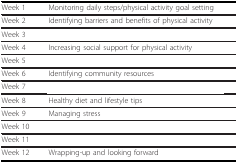
<table><thead><tr><td><b>Week 1</b></td><td><b>Monitoring daily steps/physical activity goal setting</b></td></tr></thead><tbody><tr><td>Week 2</td><td>Identifying barriers and benefits of physical activity</td></tr><tr><td>Week 3</td><td>[EMPTY_CELL]</td></tr><tr><td>Week 4</td><td>Increasing social support for physical activity</td></tr><tr><td>Week 5</td><td>[EMPTY_CELL]</td></tr><tr><td>Week 6</td><td>Identifying community resources</td></tr><tr><td>Week 7</td><td>[EMPTY_CELL]</td></tr><tr><td>Week 8</td><td>Healthy diet and lifestyle tips</td></tr><tr><td>Week 9</td><td>Managing stress</td></tr><tr><td>Week 10</td><td>[EMPTY_CELL]</td></tr><tr><td>Week 11</td><td>[EMPTY_CELL]</td></tr><tr><td>Week 12</td><td>Wrapping-up and looking forward</td></tr></tbody></table>